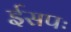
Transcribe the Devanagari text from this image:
ईसपः